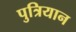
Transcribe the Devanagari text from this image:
पुत्रियान